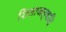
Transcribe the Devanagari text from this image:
शिलाजत्वादि